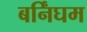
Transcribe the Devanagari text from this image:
बर्निंघम